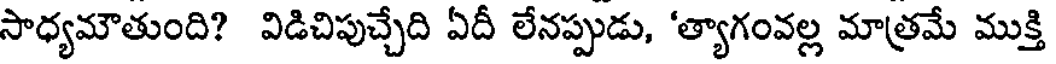
సాధ్యమౌతుంది? విడిచిపుచ్చేది ఏదీ లేనప్పుడు, 'త్యాగంవల్ల మాత్రమే ముక్తి